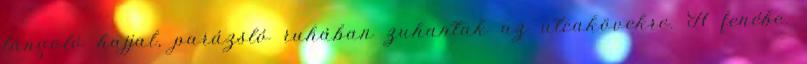
lángoló hajjal, parázsló ruhában zuhantak az utcakövekre. A fenébe.